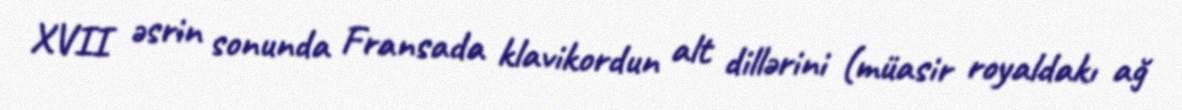
XVII əsrin sonunda Fransada klavikordun alt dillərini (müasir royaldakı ağ